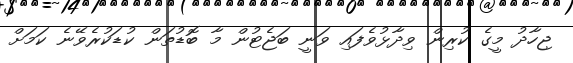
ޖިހާދު މީގެ ކުރިން ވިދާޅުވެފައި ވަނީ ބަޖެޓުން މާ ބޮޑުތަން ކުޑަކުރެވޭނެ ކަމަށް